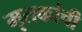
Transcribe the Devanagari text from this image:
मृतकांची